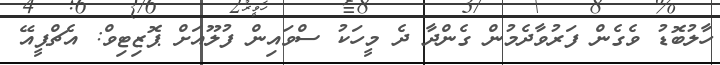
ހާލުބޮޑު ވެގެން ފަރުވާދެމުން ގެންދާ ދެ މީހަކު ސްވައިން ފުލޫއަށް ޕޮޒިޓިވް: އެޗްޕީއޭ